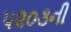
૫૨૦૩ની